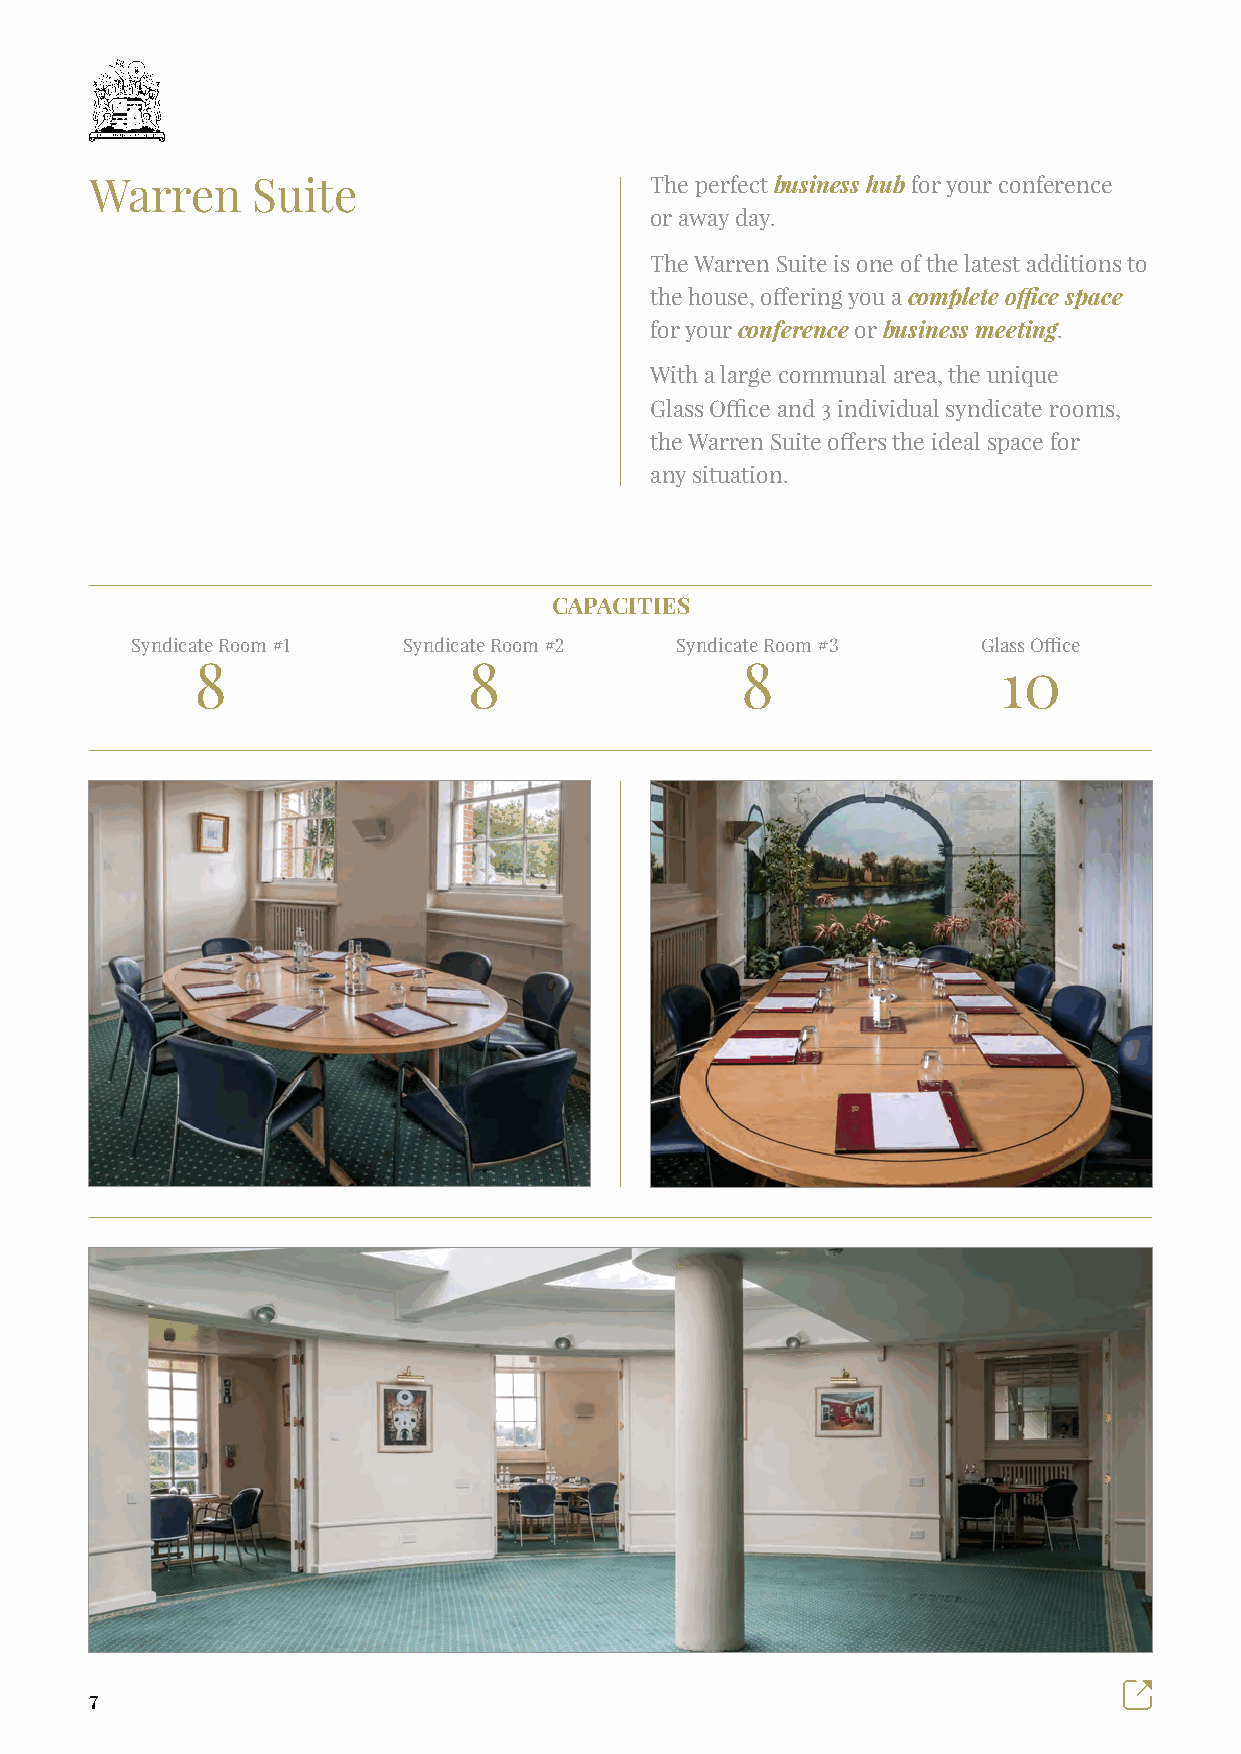
Warren     Suite                     The perfect business hub for your conference
 or away day.
 The Warren Suite is one of the latest additions to
 the house, offering you a complete office space
 for your conference or business meeting.
 With a large communal area, the unique
 Glass Office and 3 individual syndicate rooms,
 the Warren Suite offers the ideal space for
 any situation.
 CAPACITIES
 Syndicate Room #1 Syndicate Room #2 Syndicate Room #3   Glass Office
 8                 8                 8                10
 7